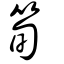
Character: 筍